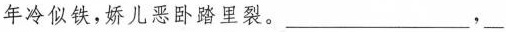
年冷似铁，娇儿恶卧踏里裂。___，___